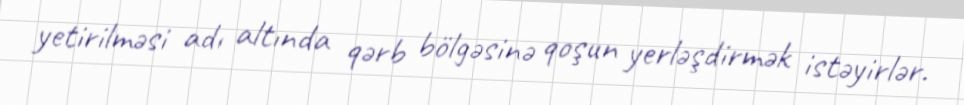
yetirilməsi adı altında qərb bölgəsinə qoşun yerləşdirmək istəyirlər.